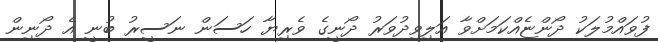
ފުވައްމުލަކު ދޯންޏެއްކަމަށްވާ އަލިވިދުވަރު ދޯނީގެ ވެރިޔާ ހަސަން ނަސީރު ބުނީ އެ ދޯނިން